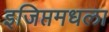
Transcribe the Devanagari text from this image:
इजिप्तमधला